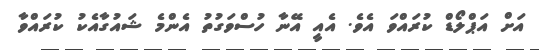
އަށް އަޕްލޯޑް ކުރައްވަ އެވެ. އެއީ އޭނާ ހުސްވަގުތު އެންމެ ޝައުގާއެކު ކުރައްވާ